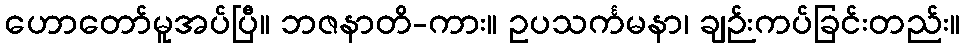
ဟောတော်မူအပ်ပြီ။ ဘဇနာတိ-ကား။ ဥပသင်္ကမနာ၊ ချဉ်းကပ်ခြင်းတည်း။